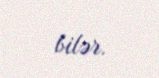
bilər.